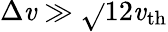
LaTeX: \Delta\mathit{v}\gg\sqrt{}{{12}}\mathit{v}_{\mathrm{{th}}}